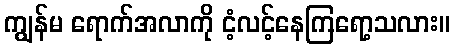
ကျွန်မ ရောက်အလာကို ငံ့လင့်နေကြရော့သလား။